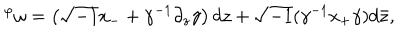
LaTeX: { } ^ { \varphi } \omega = \left( \sqrt { - 1 } x _ { - } + \gamma ^ { - 1 } \partial _ { z } \gamma \right) d z + \sqrt { - 1 } ( \gamma ^ { - 1 } x _ { + } \gamma ) d \bar { z } ,